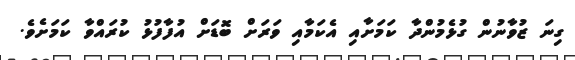
ގިނަ ޒުވާނުން ގުޅެމުންދާ ކަމަށާއި އެކަމާއި ވަރަށް ބޮޑަށް އުފާފުޅު ކުރައްވާ ކަމަށެވެ.